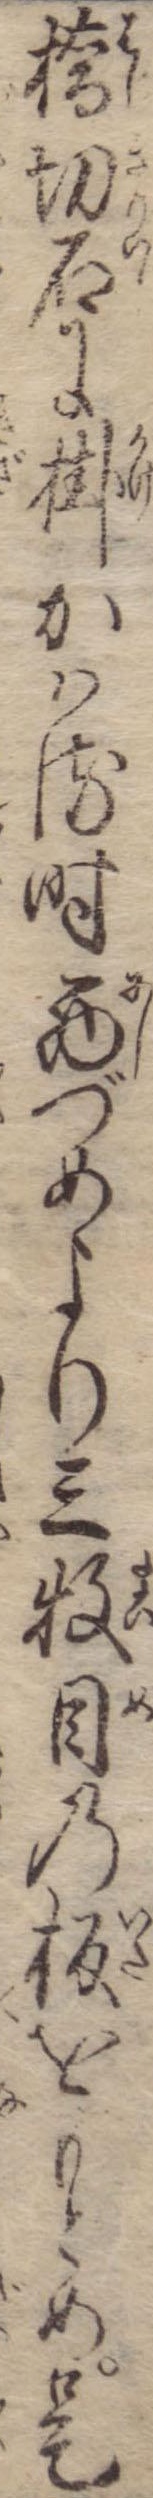
橋切石に掛かはる時西づめより三牧目の板をもとめ是